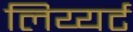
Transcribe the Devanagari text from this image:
लिय्यर्ट